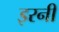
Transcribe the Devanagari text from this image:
इरनी